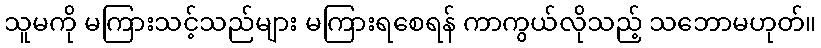
သူမကို မကြားသင့်သည်များ မကြားရစေရန် ကာကွယ်လိုသည့် သဘောမဟုတ်။